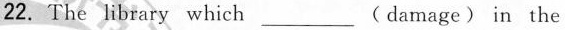
22.The library which_( damage) in the